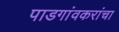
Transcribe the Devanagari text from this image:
पाडगांवकरांचा